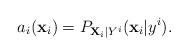
LaTeX: \begin{align*}a_i( {\bf x}_i) = P_{ {\bf X}_i | Y^i}( {\bf x}_i | y^{i} ). \end{align*}